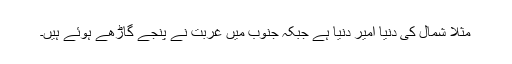
مثلاً شمال کی دنیا امیر دنیا ہے جبکہ جنوب میں غربت نے پنجے گاڑھے ہوئے ہیں۔